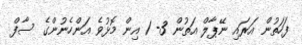
ފަހަތުން އަރައި ނޭޕާލް އަތުން 3- 1 އިން މޮޅުވެ އަންހެނުންގެ ސާފް